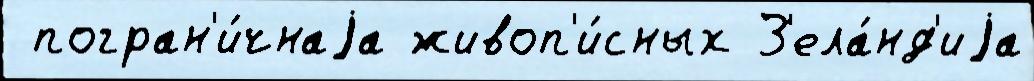
 погран'и́чнаjа живоп'и́сных З'ела́нд'иjа